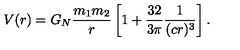
V ( r ) = G _ { N } \frac { m _ { 1 } m _ { 2 } } { r } \left[ 1 + \frac { 3 2 } { 3 \pi } \frac { 1 } { ( c r ) ^ { 3 } } \right] .